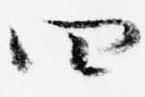
四